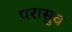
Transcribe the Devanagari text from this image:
परासुव